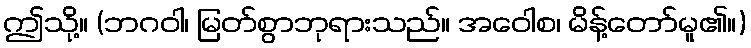
ဤသို့။ (ဘဂဝါ၊ မြတ်စွာဘုရားသည်။ အဝေါစ၊ မိန့်တော်မူ၏။)